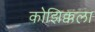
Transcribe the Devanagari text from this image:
कोझिक्कला